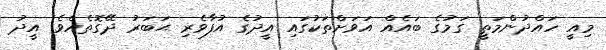
މިއީ ހައްދުންމަތީ ގަމުގެ ބައެއް އަވަށްތަކުގައި އީދުގެ އުފާވެރި ޙަބަރު ދޭގޮތެއެވެ. އީދު